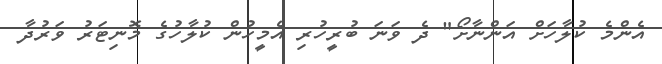
އެންމެ ކުލާހަށް އަންނާށޯ" ދެ ވަނަ ބުރީހުރި އެމީހުން ކުލާހުގެ މޮނިޓަރު ވަރުދާ